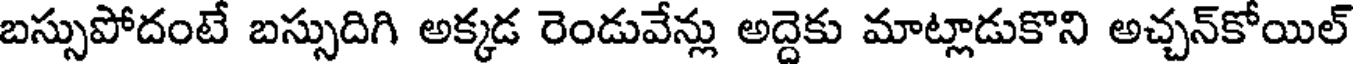
బస్సుపోదంటే బస్సుదిగి అక్కడ రెండువేన్లు అద్దెకు మాట్లాడుకొని అచ్చన్కోయిల్